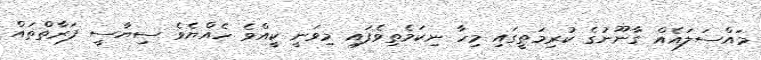
މައްސަލައެއް ގާނޫނުގެ ކުރިިމަތީގައި މިހާ ނިކަމެތިވެފައި މިވަނީ ކީއްވެ ހެއްޔެވެ ސިޔާސީ ފަރާތްތައް